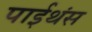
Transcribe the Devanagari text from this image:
पाईथंस